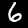
Label: 6